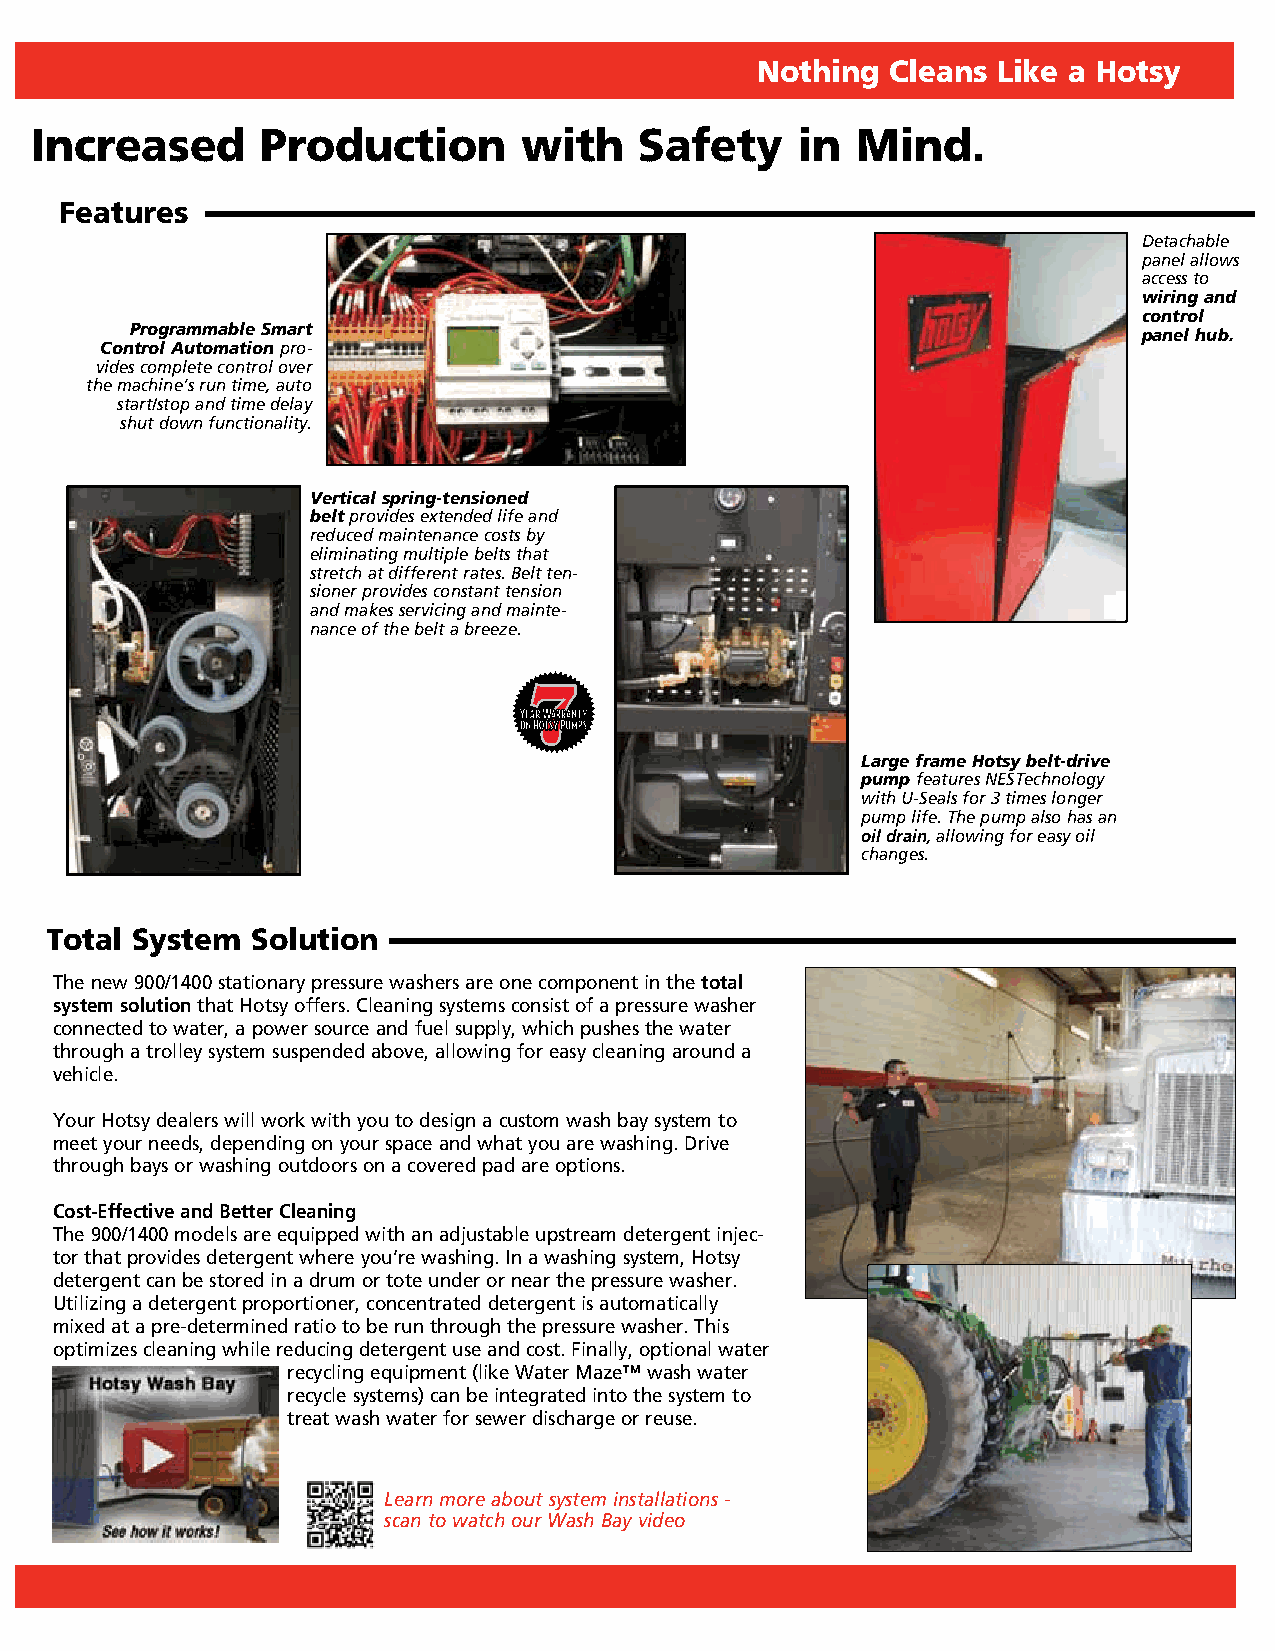
Nothing  Cleans Like a Hotsy
 Increased      Production       with    Safety     in  Mind.
 Features
 Detachable
 panel allows
 access to
 wiring and
 control
 Programmable Smart                                                 panel hub.
 Control Automation pro-
 vides complete control over
 the machine’s run time, auto
 start/stop and time delay
 shut down functionality.
 Vertical spring-tensioned
 belt provides extended life and
 reduced maintenance costs by
 eliminating multiple belts that
 stretch at different rates. Belt ten-
 sioner provides constant tension
 and makes servicing and mainte-
 nance of the belt a breeze.
 Large frame Hotsy belt-drive
 pump features NESTechnology
 with U-Seals for 3 times longer
 pump life. The pump also has an
 oil drain, allowing for easy oil
 changes.
 Total System  Solution
 The new 900/1400 stationary pressure washers are one component in the total
 system solution that Hotsy offers. Cleaning systems consist of a pressure washer
 connected to water, a power source and fuel supply, which pushes the water
 through a trolley system suspended above, allowing for easy cleaning around a
 vehicle.
 Your Hotsy dealers will work with you to design a custom wash bay system to
 meet your needs, depending on your space and what you are washing. Drive
 through bays or washing outdoors on a covered pad are options.
 Cost-Effective and Better Cleaning
 The 900/1400 models are equipped with an adjustable upstream detergent injec-
 tor that provides detergent where you’re washing. In a washing system, Hotsy
 detergent can be stored in a drum or tote under or near the pressure washer.
 Utilizing a detergent proportioner, concentrated detergent is automatically
 mixed at a pre-determined ratio to be run through the pressure washer. This
 optimizes cleaning while reducing detergent use and cost. Finally, optional water
 recycling equipment (like Water Maze™ wash water
 recycle systems) can be integrated into the system to
 treat wash water for sewer discharge or reuse.
 Learn more about system installations -
 scan to watch our Wash Bay video